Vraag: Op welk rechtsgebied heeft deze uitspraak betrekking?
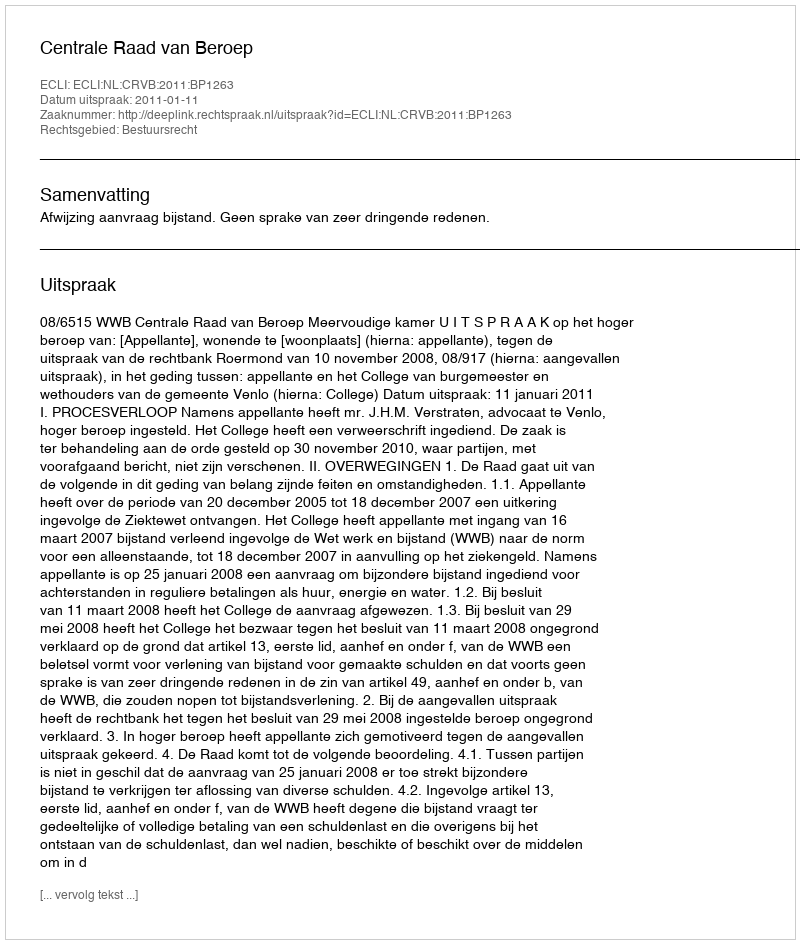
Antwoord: Bestuursrecht